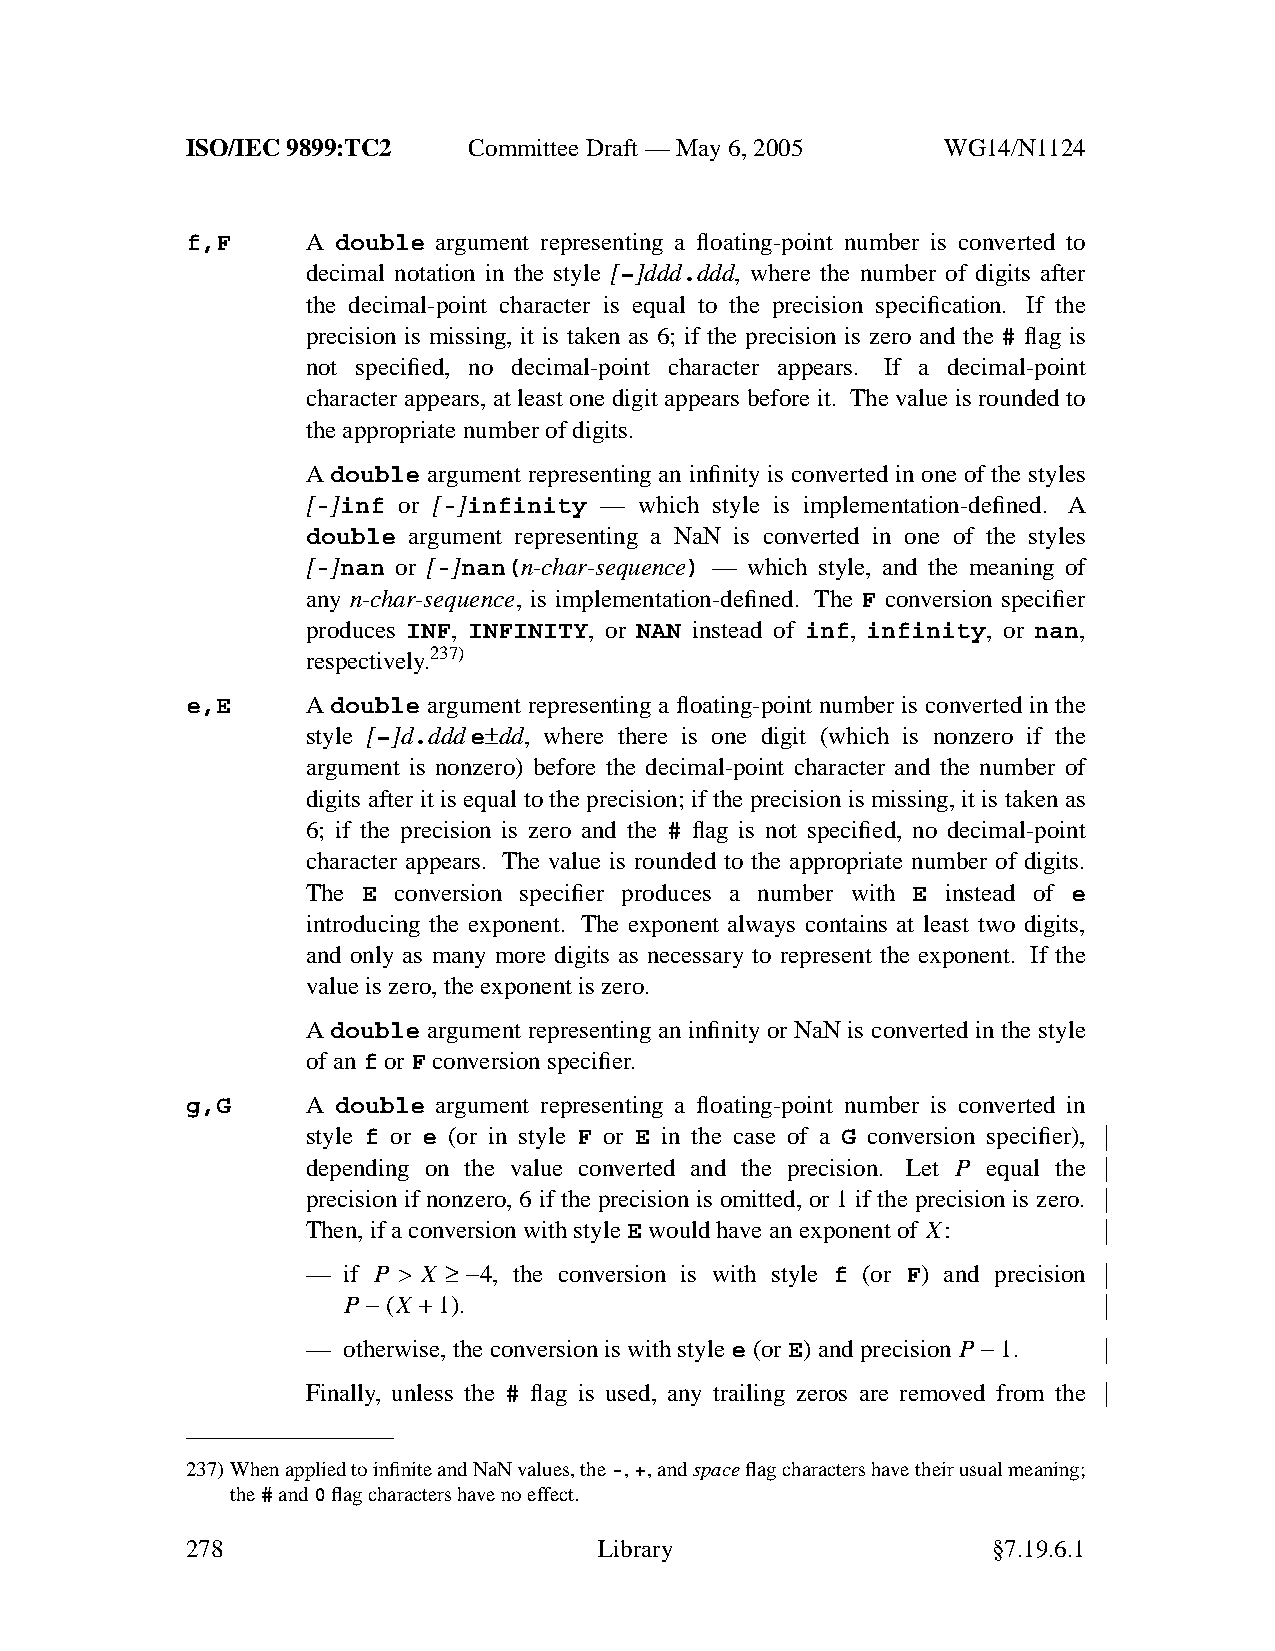
ISO/IEC 9899:TC2   Committee Draft — May 6, 2005   WG14/N1124
 f,F     A double argument representing a floating-point number is converted to
 decimal notation in the style [−]ddd.ddd, where the number of digits after
 the decimal-point character is equal to the precision specification. If the
 precision is missing, it is taken as 6; if the precision is zero and the # flag is
 not specified, no decimal-point character appears. If a decimal-point
 character appears, at least one digit appears before it. The value is rounded to
 the appropriate number of digits.
 A double argument representing an infinity is converted in one of the styles
 [-]inf or [-]infinity — which style is implementation-defined. A
 double argument representing a NaN is converted in one of the styles
 [-]nan or [-]nan(n-char-sequence) — which style, and the meaning of
 any n-char-sequence, is implementation-defined. The F conversion specifier
 produces INF, INFINITY, or NAN instead of inf, infinity, or nan,
 respectively.237)
 e,E     A double argument representing a floating-point number is converted in the
 style [−]d.ddde±dd, where there is one digit (which is nonzero if the
 argument is nonzero) before the decimal-point character and the number of
 digits after it is equal to the precision; if the precision is missing, it is taken as
 6; if the precision is zero and the # flag is not specified, no decimal-point
 character appears. The value is rounded to the appropriate number of digits.
 The E conversion specifier produces a number with E instead of e
 introducing the exponent. The exponent always contains at least two digits,
 and only as many more digits as necessary to represent the exponent. If the
 value is zero, the exponent is zero.
 A double argument representing an infinity or NaN is converted in the style
 of anf orF conversion specifier.
 g,G     A double argument representing a floating-point number is converted in
 style f or e (or in style F or E in the case of a G conversion specifier),
 depending on the value converted and the precision. Let P equal the
 precision if nonzero, 6 if the precision is omitted, or 1 if the precision is zero.
 Then, if a conversion with styleE would have anexponent of X:
 —  if P > X ≥ −4, the conversion is with style f (or F) and precision
 P −(X +1).
 —  otherwise, the conversion is with style e (or E)and precision P −1.
 Finally, unless the # flag is used, any trailing zeros are removed from the
 237)When applied to infinite and NaN values, the-,+,andspaceflag characters have their usual meaning;
 the#and0flag characters have noeffect.
 278                         Library                   §7.19.6.1